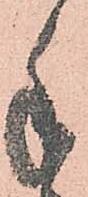
手